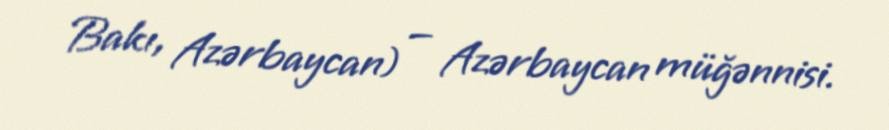
Bakı, Azərbaycan) — Azərbaycan müğənnisi.